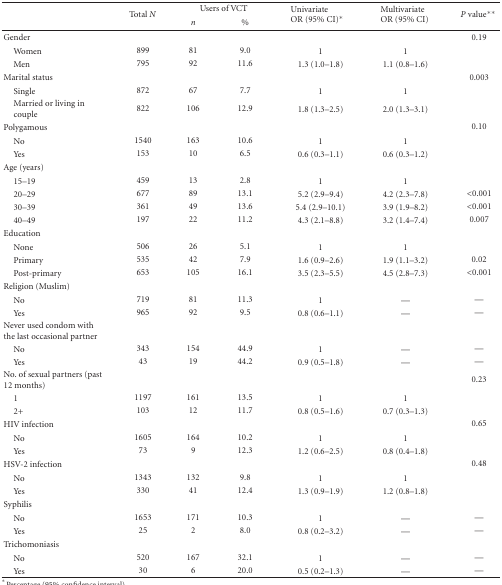
<table><thead><tr><td>[EMPTY_CELL]</td><td rowspan="2"><b>Total <i>N</i></b></td><td colspan="2"><b>Users of VCT </b></td><td rowspan="2"><b>UnivariateOR (95% CI)*</b></td><td rowspan="2"><b>MultivariateOR (95% CI)</b></td><td rowspan="2"><b><i>P</i> value**</b></td></tr><tr><td>[EMPTY_CELL]</td><td><b><i>n</i></b></td><td><b>%</b></td></tr></thead><tbody><tr><td>Gender</td><td>[EMPTY_CELL]</td><td>[EMPTY_CELL]</td><td>[EMPTY_CELL]</td><td>[EMPTY_CELL]</td><td>[EMPTY_CELL]</td><td>0.19</td></tr><tr><td> Women</td><td>899</td><td>81 </td><td>9.0</td><td>1</td><td>1</td><td>[EMPTY_CELL]</td></tr><tr><td> Men</td><td>795</td><td>92 </td><td>11.6</td><td>1.3 (1.0–1.8)</td><td>1.1 (0.8–1.6)</td><td>[EMPTY_CELL]</td></tr><tr><td>Marital status</td><td>[EMPTY_CELL]</td><td>[EMPTY_CELL]</td><td>[EMPTY_CELL]</td><td>[EMPTY_CELL]</td><td>[EMPTY_CELL]</td><td>0.003</td></tr><tr><td> Single </td><td>872</td><td>67 </td><td>7.7</td><td>1</td><td>1</td><td>[EMPTY_CELL]</td></tr><tr><td> Married or living in couple</td><td>822</td><td>106</td><td>12.9</td><td>1.8 (1.3–2.5)</td><td>2.0 (1.3–3.1)</td><td>[EMPTY_CELL]</td></tr><tr><td>Polygamous</td><td>[EMPTY_CELL]</td><td>[EMPTY_CELL]</td><td>[EMPTY_CELL]</td><td>[EMPTY_CELL]</td><td>[EMPTY_CELL]</td><td>0.10</td></tr><tr><td> No</td><td>1540</td><td>163 </td><td>10.6</td><td>1</td><td>1</td><td>[EMPTY_CELL]</td></tr><tr><td> Yes</td><td>153</td><td>10 </td><td>6.5</td><td>0.6 (0.3–1.1)</td><td>0.6 (0.3–1.2)</td><td>[EMPTY_CELL]</td></tr><tr><td>Age (years)</td><td>[EMPTY_CELL]</td><td>[EMPTY_CELL]</td><td>[EMPTY_CELL]</td><td>[EMPTY_CELL]</td><td>[EMPTY_CELL]</td><td>[EMPTY_CELL]</td></tr><tr><td> 15–19</td><td>459</td><td>13 </td><td>2.8</td><td>1</td><td>1</td><td>[EMPTY_CELL]</td></tr><tr><td> 20–29</td><td>677</td><td>89 </td><td>13.1</td><td>5.2 (2.9–9.4)</td><td>4.2 (2.3–7.8)</td><td>&lt;0.001</td></tr><tr><td> 30–39</td><td>361</td><td>49 </td><td>13.6</td><td>5.4 (2.9–10.1)</td><td>3.9 (1.9–8.2)</td><td>&lt;0.001</td></tr><tr><td> 40–49</td><td>197</td><td>22</td><td>11.2</td><td>4.3 (2.1–8.8)</td><td>3.2 (1.4–7.4)</td><td>0.007</td></tr><tr><td>Education</td><td>[EMPTY_CELL]</td><td>[EMPTY_CELL]</td><td>[EMPTY_CELL]</td><td>[EMPTY_CELL]</td><td>[EMPTY_CELL]</td><td>[EMPTY_CELL]</td></tr><tr><td> None</td><td>506</td><td>26 </td><td>5.1</td><td>1</td><td>1</td><td>[EMPTY_CELL]</td></tr><tr><td> Primary</td><td>535</td><td>42 </td><td>7.9</td><td>1.6 (0.9–2.6)</td><td>1.9 (1.1–3.2)</td><td>0.02</td></tr><tr><td> Post-primary</td><td>653</td><td>105 </td><td>16.1</td><td>3.5 (2.3–5.5)</td><td>4.5 (2.8–7.3)</td><td>&lt;0.001</td></tr><tr><td>Religion (Muslim)</td><td>[EMPTY_CELL]</td><td>[EMPTY_CELL]</td><td>[EMPTY_CELL]</td><td>[EMPTY_CELL]</td><td>[EMPTY_CELL]</td><td>[EMPTY_CELL]</td></tr><tr><td> No</td><td>719</td><td>81 </td><td>11.3</td><td>1</td><td>—</td><td>—</td></tr><tr><td> Yes</td><td>965</td><td>92 </td><td>9.5</td><td>0.8 (0.6–1.1)</td><td>—</td><td>—</td></tr><tr><td>Never used condom with the last occasional partner</td><td>[EMPTY_CELL]</td><td>[EMPTY_CELL]</td><td>[EMPTY_CELL]</td><td>[EMPTY_CELL]</td><td>[EMPTY_CELL]</td><td>[EMPTY_CELL]</td></tr><tr><td> No</td><td>343</td><td>154 </td><td>44.9</td><td>1</td><td>—</td><td>—</td></tr><tr><td> Yes</td><td>43</td><td>19 </td><td>44.2</td><td>0.9 (0.5–1.8)</td><td>—</td><td>—</td></tr><tr><td>No. of sexual partners (past 12 months)</td><td>[EMPTY_CELL]</td><td>[EMPTY_CELL]</td><td>[EMPTY_CELL]</td><td>[EMPTY_CELL]</td><td>[EMPTY_CELL]</td><td>0.23</td></tr><tr><td> 1</td><td>1197</td><td>161 </td><td>13.5</td><td>1</td><td>1</td><td>[EMPTY_CELL]</td></tr><tr><td> 2+</td><td>103</td><td>12 </td><td>11.7</td><td>0.8 (0.5–1.6)</td><td>0.7 (0.3–1.3)</td><td>[EMPTY_CELL]</td></tr><tr><td>HIV infection</td><td>[EMPTY_CELL]</td><td>[EMPTY_CELL]</td><td>[EMPTY_CELL]</td><td>[EMPTY_CELL]</td><td>[EMPTY_CELL]</td><td>0.65</td></tr><tr><td> No</td><td>1605</td><td>164 </td><td>10.2</td><td>1</td><td>1</td><td>[EMPTY_CELL]</td></tr><tr><td> Yes</td><td>73</td><td>9 </td><td>12.3</td><td>1.2 (0.6–2.5)</td><td>0.8 (0.4–1.8)</td><td>[EMPTY_CELL]</td></tr><tr><td>HSV-2 infection</td><td>[EMPTY_CELL]</td><td>[EMPTY_CELL]</td><td>[EMPTY_CELL]</td><td>[EMPTY_CELL]</td><td>[EMPTY_CELL]</td><td>0.48</td></tr><tr><td> No</td><td>1343</td><td>132</td><td>9.8</td><td>1</td><td>1</td><td>[EMPTY_CELL]</td></tr><tr><td> Yes</td><td>330</td><td>41 </td><td>12.4</td><td>1.3 (0.9–1.9)</td><td>1.2 (0.8–1.8)</td><td>[EMPTY_CELL]</td></tr><tr><td>Syphilis</td><td>[EMPTY_CELL]</td><td>[EMPTY_CELL]</td><td>[EMPTY_CELL]</td><td>[EMPTY_CELL]</td><td>[EMPTY_CELL]</td><td>[EMPTY_CELL]</td></tr><tr><td> No</td><td>1653</td><td>171 </td><td>10.3</td><td>1</td><td>—</td><td>—</td></tr><tr><td> Yes</td><td>25</td><td>2 </td><td>8.0</td><td>0.8 (0.2–3.2)</td><td>—</td><td>—</td></tr><tr><td>Trichomoniasis </td><td>[EMPTY_CELL]</td><td>[EMPTY_CELL]</td><td>[EMPTY_CELL]</td><td>[EMPTY_CELL]</td><td>[EMPTY_CELL]</td><td>[EMPTY_CELL]</td></tr><tr><td> No</td><td>520</td><td>167 </td><td>32.1</td><td>1</td><td>—</td><td>—</td></tr><tr><td> Yes</td><td>30</td><td>6 </td><td>20.0</td><td>0.5 (0.2–1.3)</td><td>—</td><td>—</td></tr></tbody></table>